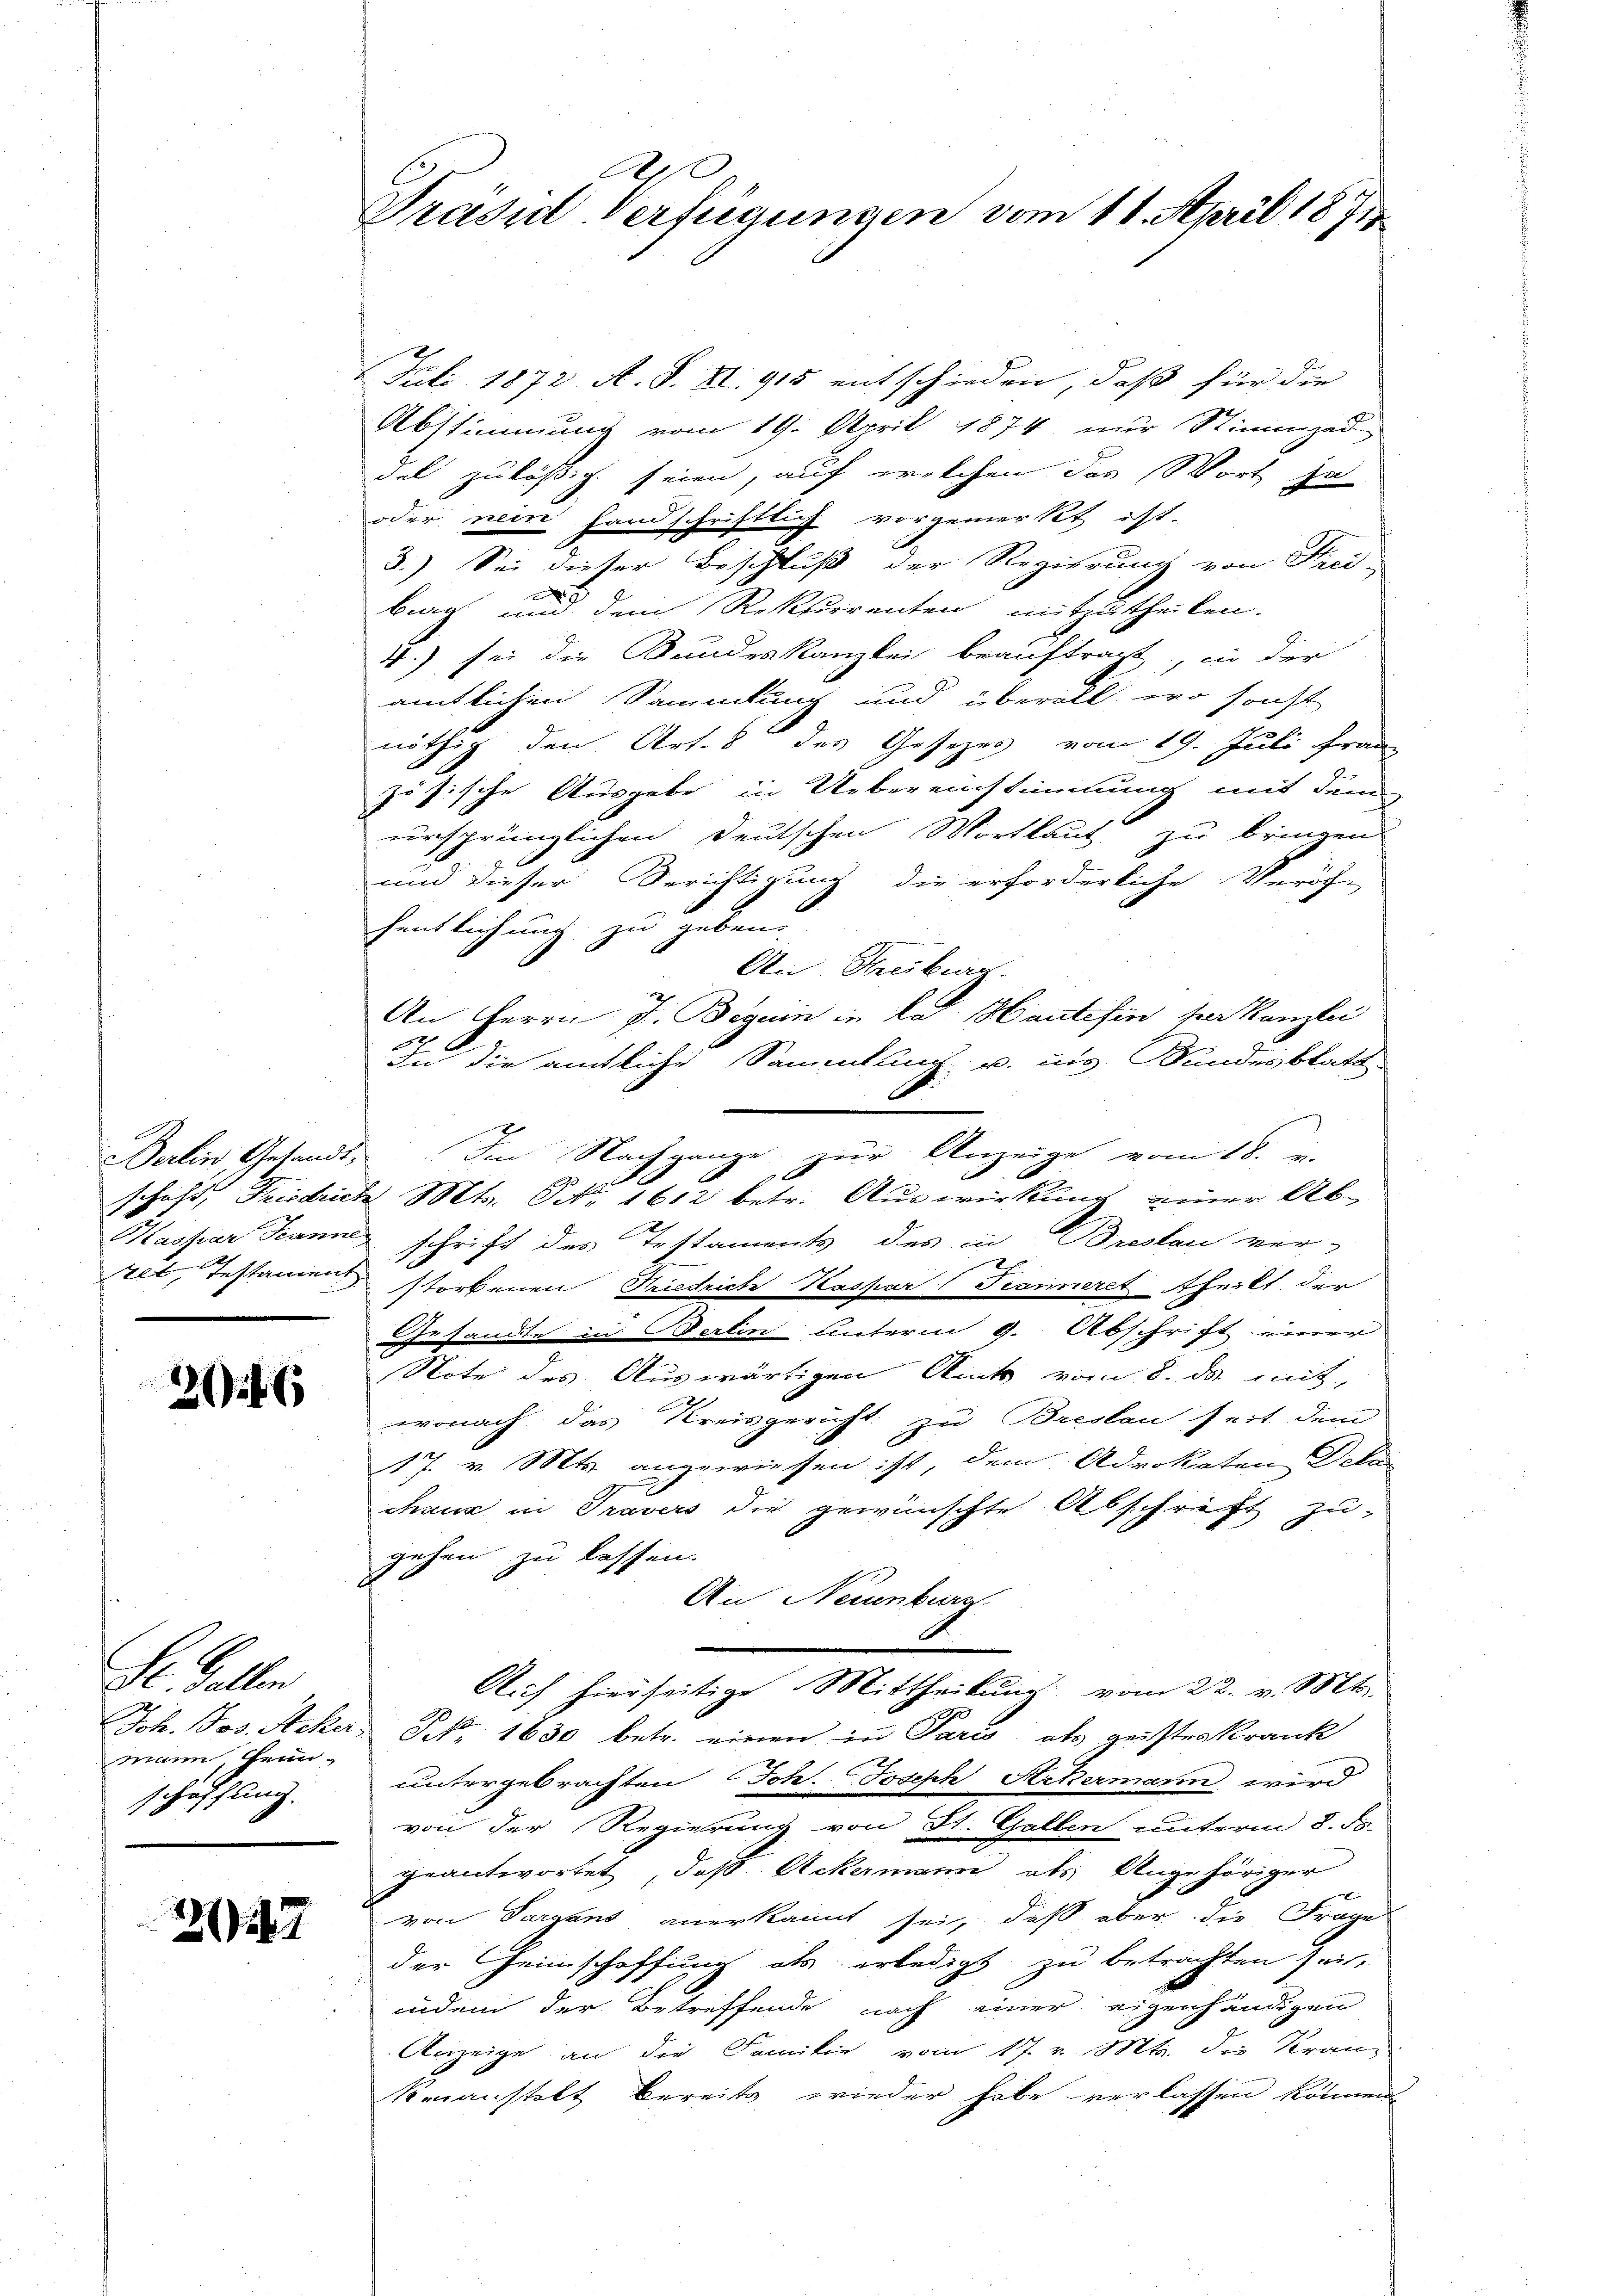
Berlin Gesandt,
schaft, Friedries
Kassar Jeanne
Alt, Testament

2046

.
Joh. Jos. Acker.
mann, Heim-
schaffung.

21147

A
Prasid-Verfügungen vom 11. April 1871

Juli 1872 A. S. XI. 918 entschieden, daß für die
Abstimmung vom 19. April 1874 nur Stimmzed
del zuläßig seien, auf welchen das Wort zu
oder nein fandschriftlich vorgemerkt ist.
3.) Sei dieser Beschluß der Regierung von Frei-
burg und dem Rekurrenten mitzutheilen.
4) sei die Kundeskanzlei beauftragt, in der
amtlichen Sammlung und überall, wo sonst
7
nöthig den Art. 8 des Gesezes vom 19. Juli Frau
zösische Ausgabe in Uebereinstimmung mit dem
ursprünglichen Deutschen Wortlaut zu bringen
und dieser Berichtigung die erforderliche Veröf-
fentlichung zu geben.
An Freiber.
An Herrn J. Beguin in das Haute fin per Kanzlei

In die amtliche Sammlung u. ins Bundesblatte
schrift des Testaments des in Breslau ver-
x
storbenen Friedrich Kaspar Teamiret Thrikt der
Gesandte in Berlin unterm 9. Abschrift einer
Note des Auswärtigen Amts vom 8. ds. mit.
wonach das Kreisgericht zu Breslau seit dem
17. v. Mts. angewiesen ist, dem Advokaten Dela
chank in Travers die gewünschte Abschrift zu
gehen zu lassen.
An Neuenburg.
Auch hierseitige Mittheilung vom 22. v. Mts.
P. Nr. 1630 betr. einen in Paris, als geisteskrank
untergebrachten Joh. Joseph Ackermann wird
von der Regierung von St. Gallen unterm 8. ds.
geantwortet, daß Ackermann als Angehöriger
von Parzens anerkannt sei, daß aber die Frage
der Heimschaffung als erledigt zu betrachten sei,
indem der Betreffende nach einer eigenhändigen
Anzeige an die Familie vom 17. v. Mts. die Kran-
kenanstalt bereits wieder habe verlassen können

Im Nachgange zur Anzeige vom 18. u.
d. Mts. Nr. 1612 betr. Auswirkung einer Ab-